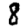
Digit: 8